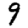
Digit: 9